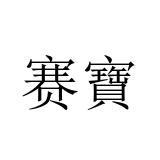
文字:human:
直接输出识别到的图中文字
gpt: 赛寶